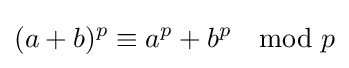
(a+b)^{p}\equiv a^{p}+b^{p}\mod p